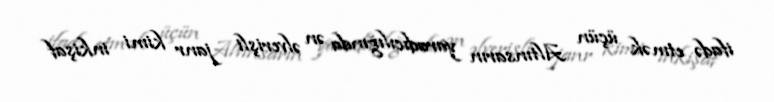
ifadə etmək üçün Altınsarın yaradıcılığında ən əlverişli janr kimi inkişaf